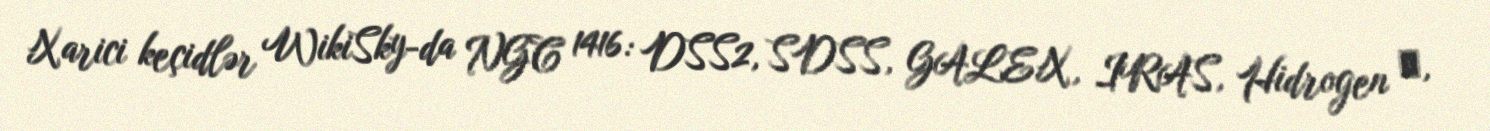
Xarici keçidlər WikiSky-da NGC 1416: DSS2, SDSS, GALEX, IRAS, Hidrogen α,